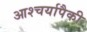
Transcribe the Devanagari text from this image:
आश्चर्यापैकी